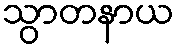
သွာတနာယ